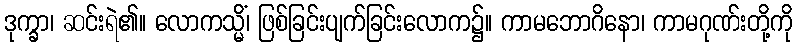
ဒုက္ခာ၊ ဆင်းရဲ၏။ လောကသ္မိံ၊ ဖြစ်ခြင်းပျက်ခြင်းလောက၌။ ကာမဘောဂိနော၊ ကာမဂုဏ်းတို့ကို